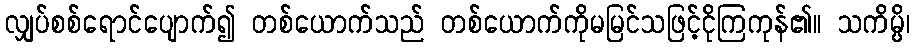
လျှပ်စစ်ရောင်ပျောက်၍ တစ်ယောက်သည် တစ်ယောက်ကိုမမြင်သဖြင့်ငိုကြကုန်၏။ သကိမ္ပိ၊